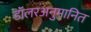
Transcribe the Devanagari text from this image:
डॉलरअनुमानित